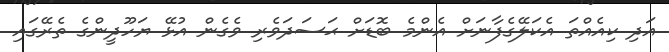
އަދި ކިއެއްތަ އެކަލޭގެފާނަށް އެންމެ ބޮޑަށް ޙަސަދަވެރި ވެގެން އުޅޭ ޔަހޫދީންގެ ތެރޭގައި